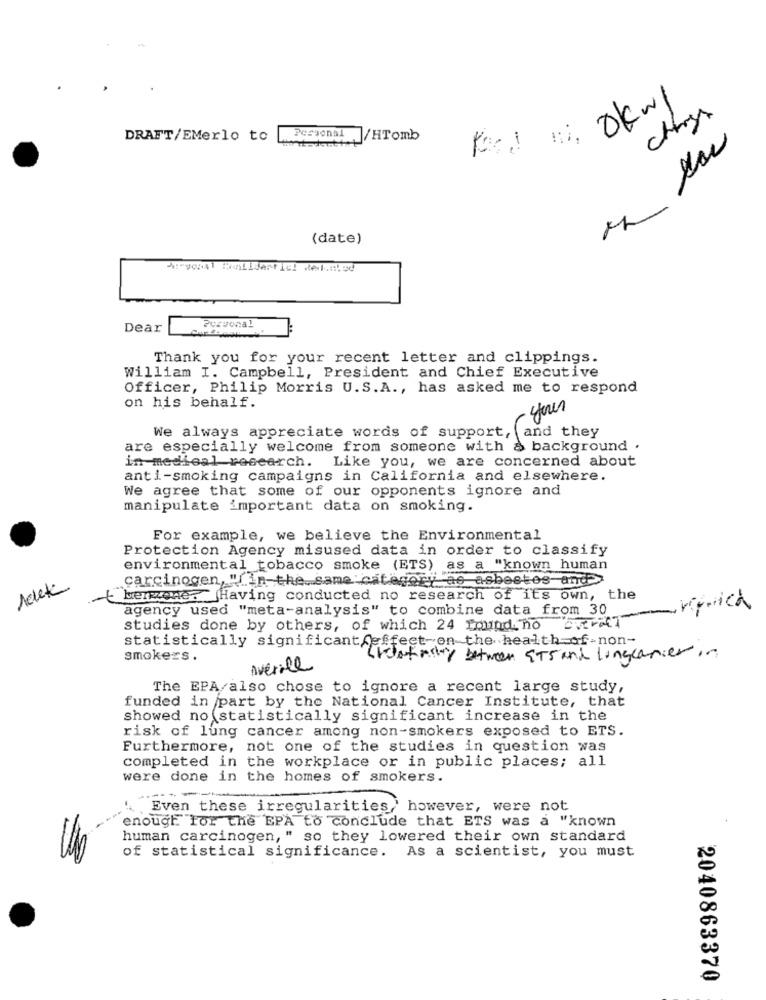
Okul
DRAFT/EMerlo to
Personal
/HTomb
-
(date)
Dear
Thank you for your recent letter and clippings.
William I. Campbell, President and Chief Executive
Officer, Philip Morris U.S.A ., has asked me to respond
on his behalf.
- your
We always appreciate words of support, and they
are especially welcome from someone with a background .
in medical research. Like you, we are concerned about
anti-smoking campaigns in California and elsewhere.
We agree that some of our opponents ignore and
manipulate important data on smoking.
For example, we believe the Environmental
Protection Agency misused data in order to classify
environmental tobacco smoke (ETS) as a "known human
carcinogen, " in the same category as asbestos and>>
Melek
t hermene. Having conducted no research of its own, the
agency used "meta-analysis" to combine data from 30
-
replica
studies done by others, of which 24 found. no
statistically significant_effect on the health-of-non-
smokers .
Trootmary between ETS and lungcancer in
Averile
The EPA also chose to ignore a recent large study,
funded in part by the National Cancer Institute, that
showed no statistically significant increase in the
risk of lung cancer among non-smokers exposed to ETS.
Furthermore, not one of the studies in question was
completed in the workplace or in public places; all
were done in the homes of smokers.
..-----
'. Even these irregularities,' however, were not
enough for the EPA to conclude that ETS was a "known
human carcinogen, " so they lowered their own standard
of statistical significance. As a scientist, you must
2040863370